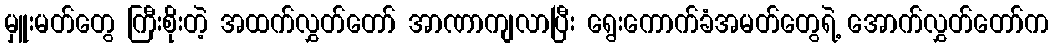
မှူးမတ်တွေ ကြီးစိုးတဲ့ အထက်လွှတ်တော် အာဏာကျလာပြီး ရွေးကောက်ခံအမတ်တွေရဲ့ အောက်လွှတ်တော်က